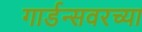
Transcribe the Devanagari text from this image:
गार्डन्सवरच्या